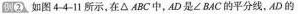
圆②如图4-4-11所示，在△ABC中，AD是∠BAC的平分线，AD的